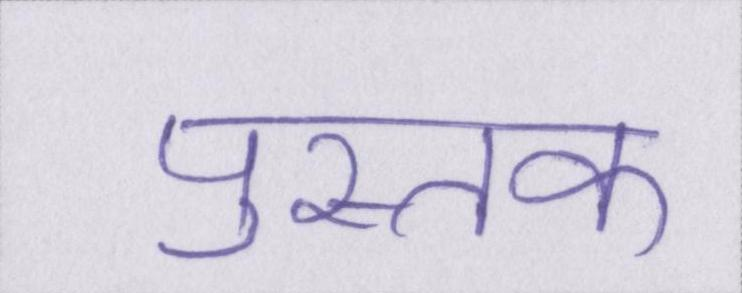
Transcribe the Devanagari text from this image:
पुस्तक